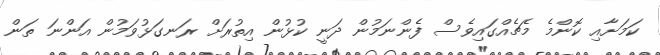
ކަމަށާއި ކޮންމެ މެޗެއްގައިވެސް ފެންނަމުން ދަނީ ކުޅުން އިތުރަށް ރަނގަޅުވަމުން އަންނަ ތަން